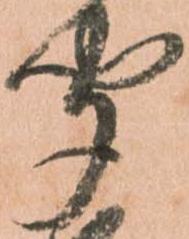
聞